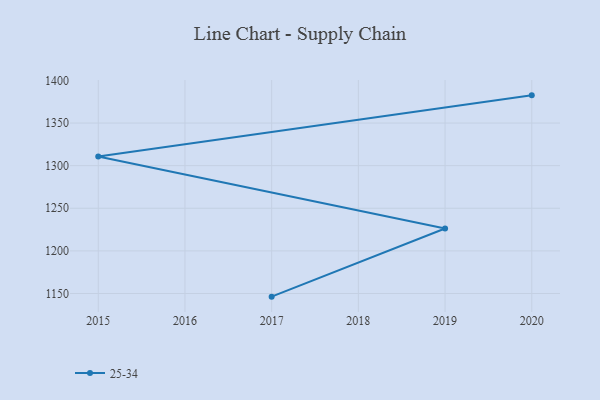
{"axis": {"x": "Year", "y": "Waste Production (Tons)"}, "legend": ["25-34"], "data": [{"x": "2017", "y": 1146.3, "type": "25-34"}, {"x": "2019", "y": 1226.3, "type": "25-34"}, {"x": "2015", "y": 1310.8, "type": "25-34"}, {"x": "2020", "y": 1382.5, "type": "25-34"}]}